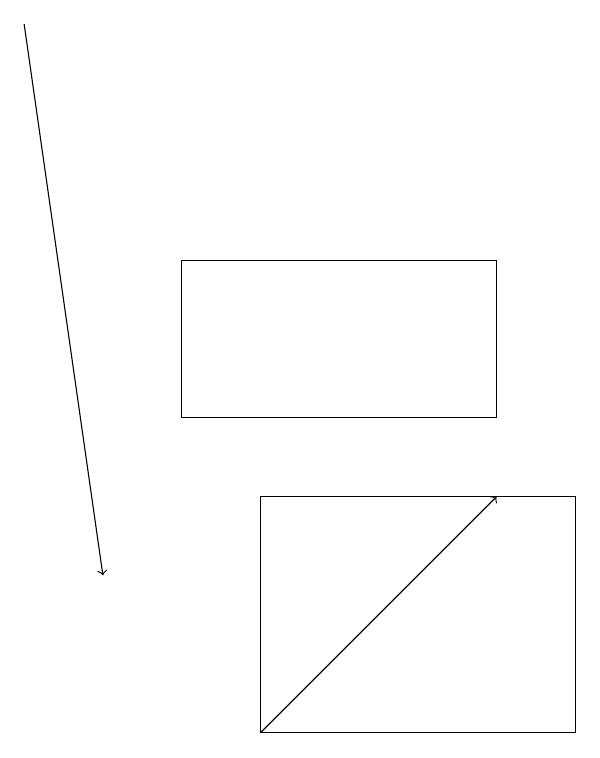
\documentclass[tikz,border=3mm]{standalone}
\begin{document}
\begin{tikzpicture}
\draw (8,10) rectangle (4,13);
\draw[->] (1,19) -- (2,12);
\draw (3,14) rectangle (7,16);
\draw[->] (4,10) -- (7,13);
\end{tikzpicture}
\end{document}